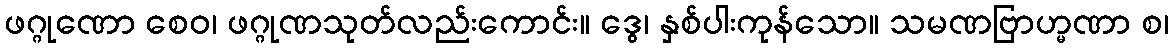
ဖဂ္ဂုဏော စေဝ၊ ဖဂ္ဂုဏသုတ်လည်းကောင်း။ ဒွေ၊ နှစ်ပါးကုန်သော။ သမဏဗြာဟ္မဏာ စ၊